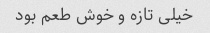
خیلی تازه و خوش طعم بود